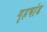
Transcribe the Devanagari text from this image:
गृहभांड